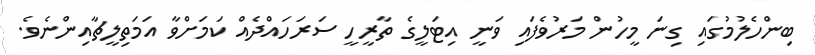
ބިންހެލުމުގައި ގިނަ މީހުން މަރުވެފައި ވަނީ އިޓަލީގެ ތާރީހީ ސަރަހައްދެއް ކަމަށްވާ އަމަތިލީޗާއިންނެވެ.